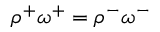
\rho ^ { + } \omega ^ { + } = \rho ^ { - } \omega ^ { - }